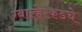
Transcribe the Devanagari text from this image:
ग्वाल्हेरकडचे